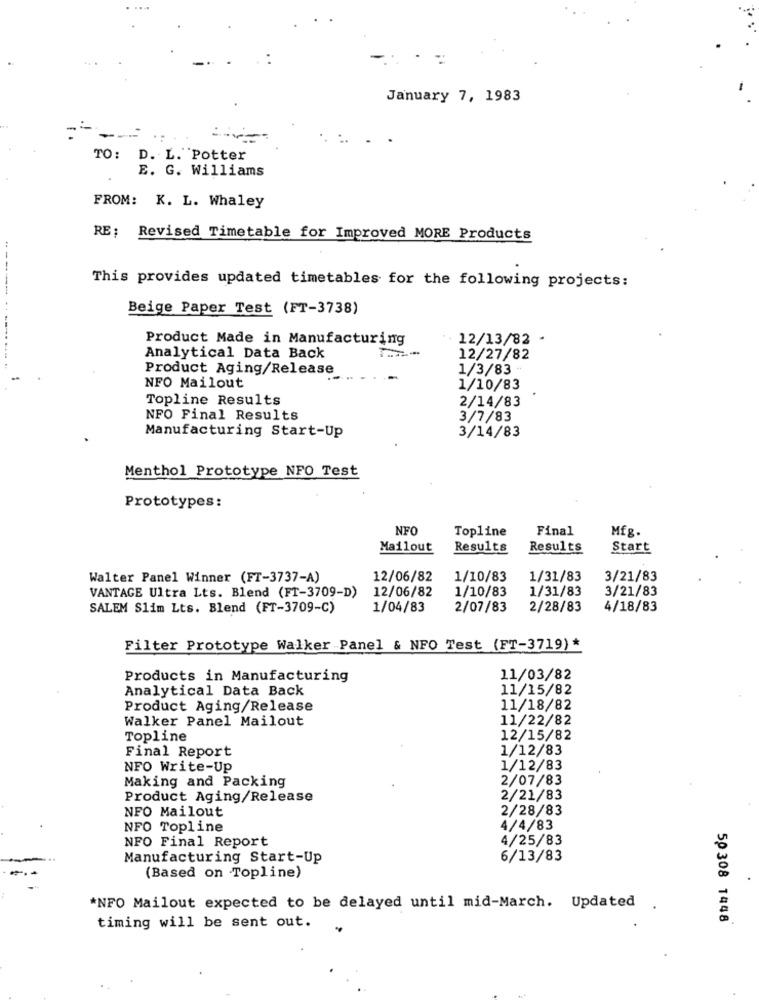
January 7, 1983
-
TO: D. L. Potter
E. G. Williams
FROM: K. L. Whaley
RE: Revised Timetable for Improved MORE Products
This provides updated timetables for the following projects:
Beige Paper Test (FT-3738)
Product Made in Manufacturing
12/13/82 -
------------ .
Analytical Data Back
12/27/82
Product Aging/Release
1/3/83 -
NFO Mailout
1/10/83
Topline Results
2/14/83
NFO Final Results
3/7/83
Manufacturing Start-Up
3/14/83
Menthol Prototype NFO Test
Prototypes:
NFO
Topline
Final
Mfg.
Mailout
Results
Results
Start
Walter Panel Winner (FT-3737-A)
12/06/82
1/10/83
1/31/83
3/21/83
VANTAGE Ultra Lts. Blend (FT-3709-D)
12/06/82
1/10/83
1/31/83
3/21/83
SALEM Slim Lts. Blend (FT-3709-C)
1/04/83
2/07/83
2/28/83
4/18/83
Filter Prototype Walker Panel & NFO Test (FT-3719)*
Products in Manufacturing
11/03/82
Analytical Data Back
11/15/82
Product Aging/Release
11/18/82
Walker Panel Mailout
11/22/82
Topline
12/15/82
Final Report
1/12/83
NFO Write-Up
1/12/83
Making and Packing
2/07/83
Product Aging/Release
2/21/83
NFO Mailout
2/28/83
NFO Topline
4/4/83
NFO Final Report
4/25/83
Manufacturing Start-Up
6/13/83
(Based on Topline)
*NFO Mailout expected to be delayed until mid-March. Updated
50 308 1448
timing will be sent out.